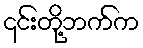
၎င်းတို့ဘက်က